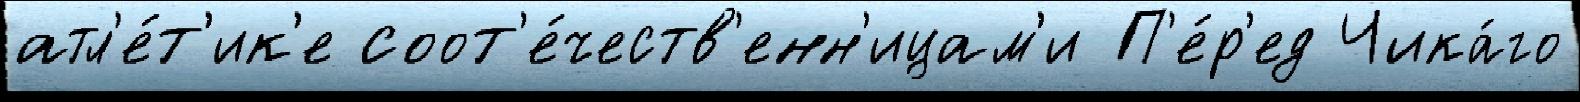
атл'е́т'ик'е соот'е́честв'енн'ицам'и П'е́р'ед Чика́го